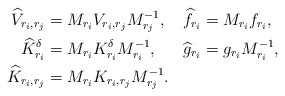
\begin{align*} \begin{aligned} \widehat{V}_{r_i,r_j}&=M_{r_i}V_{r_i,r_j}M^{-1}_{r_j}, &\widehat{f}_{r_i}&=M_{r_i}f_{r_i},\\ \widehat{K}^\delta_{r_i}&=M_{r_i}K^\delta_{r_i}M^{-1}_{r_i}, &\widehat{g}_{r_i}&=g_{r_i}M_{r_i}^{-1},\\ \widehat{K}_{r_i,r_j}&=M_{r_i}K_{r_i,r_j}M^{-1}_{r_j}. \end{aligned}\end{align*}